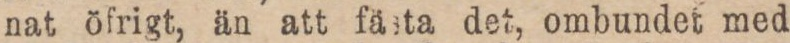
nat öfrigt, än att fästa det, ombundet med